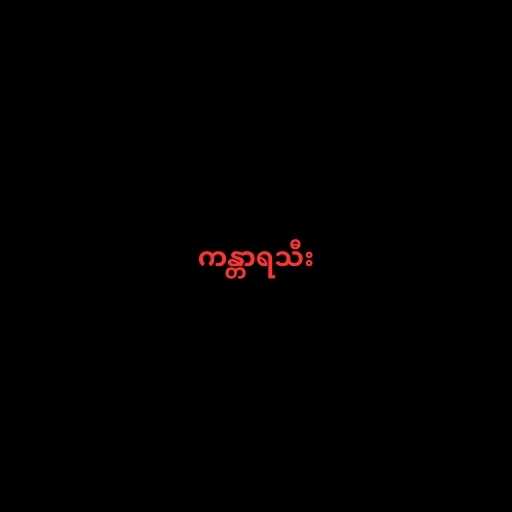
ကန္တာရသီး